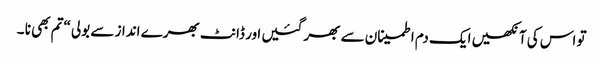
تو اس کی آنکھیں ایک دم اطمینان سے بھر گئیں ا ور ڈانٹ بھرے انداز سے بولی “تم بھی نا ۔